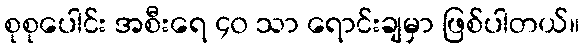
စုစုပေါင်း အစီးရေ ၄၀ သာ ရောင်းချမှာ ဖြစ်ပါတယ်။